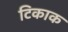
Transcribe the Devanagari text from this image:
टिकाक